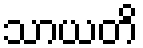
သာယတိ